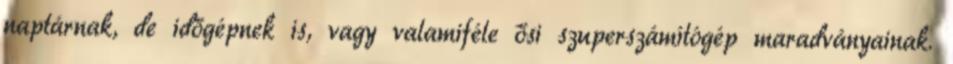
naptárnak, de időgépnek is, vagy valamiféle ősi szuperszámítógép maradványainak.